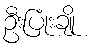
ဦးပြုံးချို